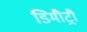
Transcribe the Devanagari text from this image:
डिमीट्री